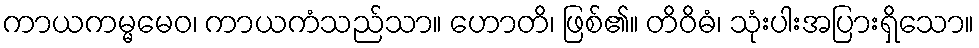
ကာယကမ္မမေဝ၊ ကာယကံသည်သာ။ ဟောတိ၊ ဖြစ်၏။ တိဝိဓံ၊ သုံးပါးအပြားရှိသော။